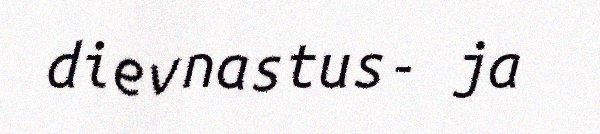
dievnastus- ja